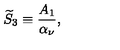
{ \widetilde S } _ { 3 } \equiv { \frac { A _ { 1 } } { \alpha _ { \nu } } } ,